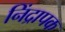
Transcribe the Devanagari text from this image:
निंद्रापक